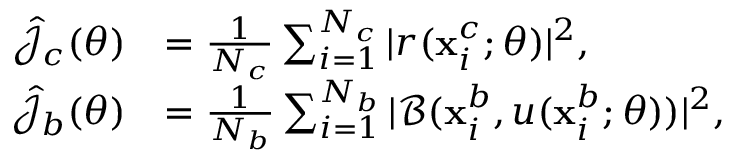
\begin{array} { r l } { \hat { \mathcal { J } } _ { c } ( \theta ) } & { = \frac { 1 } { N _ { c } } \sum _ { i = 1 } ^ { N _ { c } } | r ( \mathbf { x } _ { i } ^ { c } ; \theta ) | ^ { 2 } , } \\ { \hat { \mathcal { J } } _ { b } ( \theta ) } & { = \frac { 1 } { N _ { b } } \sum _ { i = 1 } ^ { N _ { b } } | \mathcal { B } ( \mathbf { x } _ { i } ^ { b } , u ( \mathbf { x } _ { i } ^ { b } ; \theta ) ) | ^ { 2 } , } \end{array}